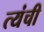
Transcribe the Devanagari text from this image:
त्यंची